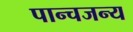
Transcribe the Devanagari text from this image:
पान्चजन्य